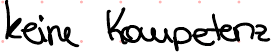
keine Kompetenz